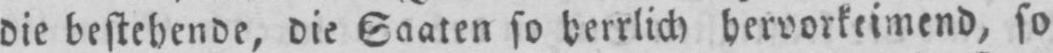
die bestehende, die Saaten so herrlich hervorkeimend, so